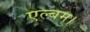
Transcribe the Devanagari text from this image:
एल्बम।